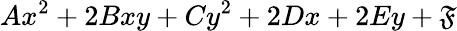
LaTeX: Ax^{2}+2Bxy+Cy^{2}+2Dx+2Ey+\mathfrak{F}